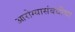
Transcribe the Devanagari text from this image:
आरोग्यासंबंधीचा